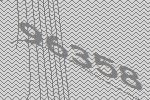
96358